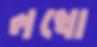
লখো